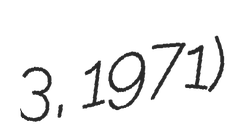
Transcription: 3, 1971)